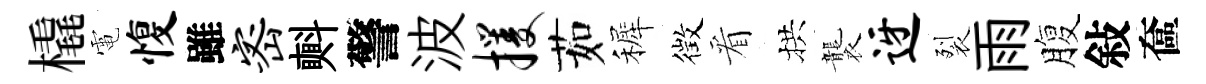
橇電愎雖密㪺警波攫茹裤徴看拱襲迓裂雨腹敍奩